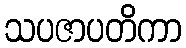
သပဇာပတိကာ